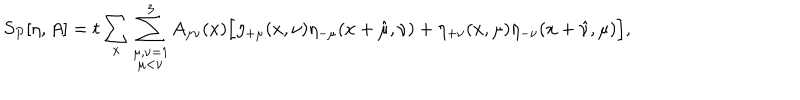
LaTeX: S _ { P } [ \eta , A ] = t \sum _ { x } \sum _ { \stackrel { \scriptstyle \mu , \nu = 1 } { \mu < \nu } } ^ { 3 } A _ { \mu \nu } ( x ) \Big [ \eta _ { + \mu } ( x , \nu ) \eta _ { - \mu } ( x + \hat { \mu } , \nu ) + \eta _ { + \nu } ( x , \mu ) \eta _ { - \nu } ( x + \hat { \nu } , \mu ) \Big ] ,